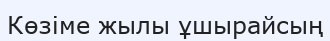
Көзіме жылы ұшырайсың